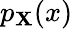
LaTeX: p_{\mathbf{X}}{\left(x\right)}